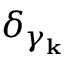
\delta _ { \gamma _ { \bf k } }